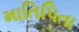
માતિપિતા